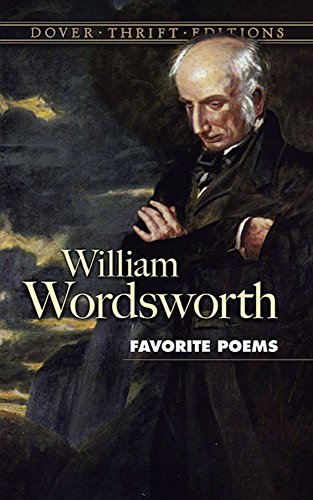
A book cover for Favorite Poems (Dover Thrift Editions); William Wordsworth; Literature & Fiction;